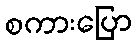
စကားပြော